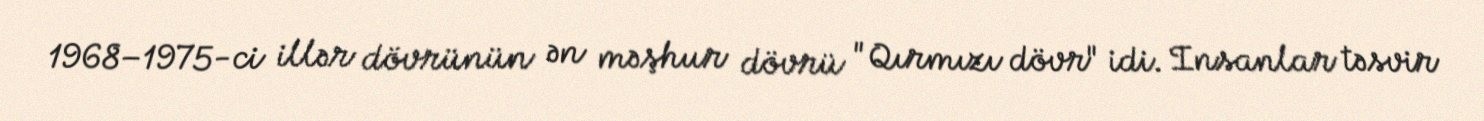
1968–1975-ci illər dövrünün ən məşhur dövrü "Qırmızı dövr" idi. Insanlar təsvir